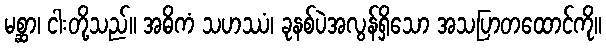
မစ္ဆာ၊ ငါးတို့သည်။ အဓိကံ သဟဿံ၊ ခုနစ်ပဲအလွန်ရှိသော အသပြာတထောင်ကို။